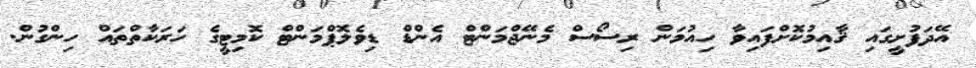
އޭދަފުށީގައި ޤާއިމުކޮށްފައިވާ ހިއުމަން ރިސޯސް މެނޭޖްމަންޓް އެންޑް ޑިވެލޮޕްމަންޓް ކޮމިޓީގެ ހަރަކާތްތައް ހިންގުން.